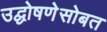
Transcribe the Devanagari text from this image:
उद्घोषणेसोबत